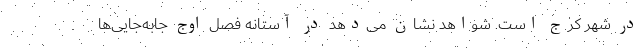
در شهر کرج است. شواهد نشان می‌‌دهد در آستانه فصل اوج جابه‌‌جایی‌‌ها